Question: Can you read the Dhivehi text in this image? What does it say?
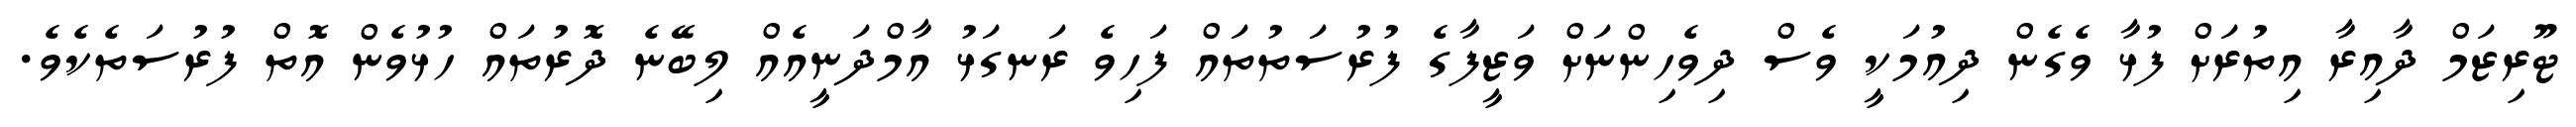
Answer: ޓޫރިޒަމް ދާއިރާ އިތުރަށް ފުޅާ ވެގެން ދިއުމަކީ ވެސް ދިވެހިންނަށް ވަޒީފާގެ ފުރުސަތުތައް ފަހިވެ ރަނގަޅު އާމްދަނީއެއް ލިބޭނެ ދޮރުތައް ހުޅުވެން އޮތް ފުރުސަތެކެވެ.